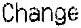
CHANGE